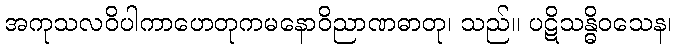
အကုသလဝိပါကာဟေတုကမနောဝိညာဏဓာတု၊ သည်။ ပဋိသန္ဓိဝသေန၊